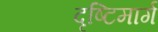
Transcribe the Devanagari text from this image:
दृष्टिमार्ग